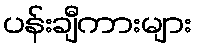
ပန်းချီကားများ